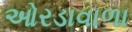
ઓરડાવાળા